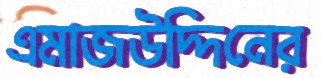
এমাজউদ্দিনের